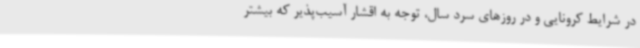
در شرایط کرونایی و در روزهای سرد سال، توجه به اقشار آسیب‌پذیر که بیشتر